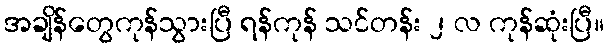
အချိန်တွေကုန်သွားပြီ ရန်ကုန် သင်တန်း ၂ လ ကုန်ဆုံးပြီ။